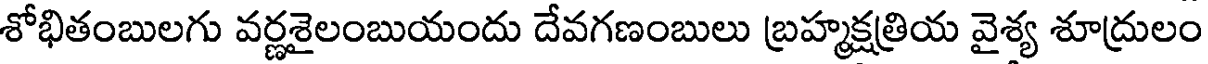
శోభితంబులగు వర్ణశైలంబుయందు దేవగణంబులు బ్రహ్మక్షత్రియ వైశ్య శూద్రులం